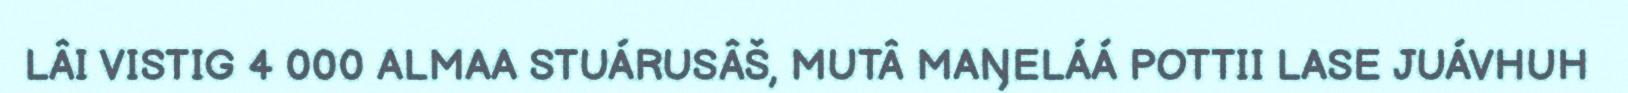
LÂI VISTIG 4 000 ALMAA STUÁRUSÂŠ, MUTÂ MAŊELÁÁ POTTII LASE JUÁVHUH